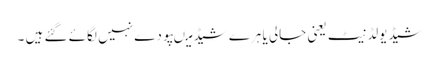
شیڈیولڈنیٹ یعنی جالی یا ہرے شیڈ میںپودے نہیں لگائے گئے ہیں ۔